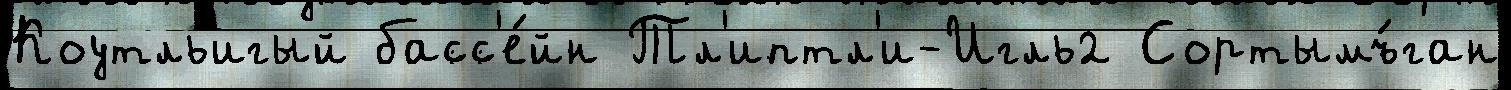
Коутльигый басс'е́йн Тл'иптл'и-Игль2 Сортымъ́ган